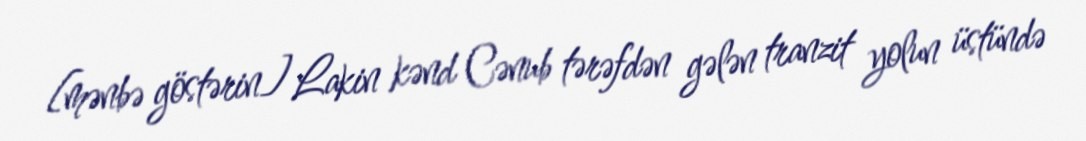
[mənbə göstərin] Lakin kənd Cənub tərəfdən gələn tranzit yolun üstündə